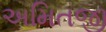
અમિતજી